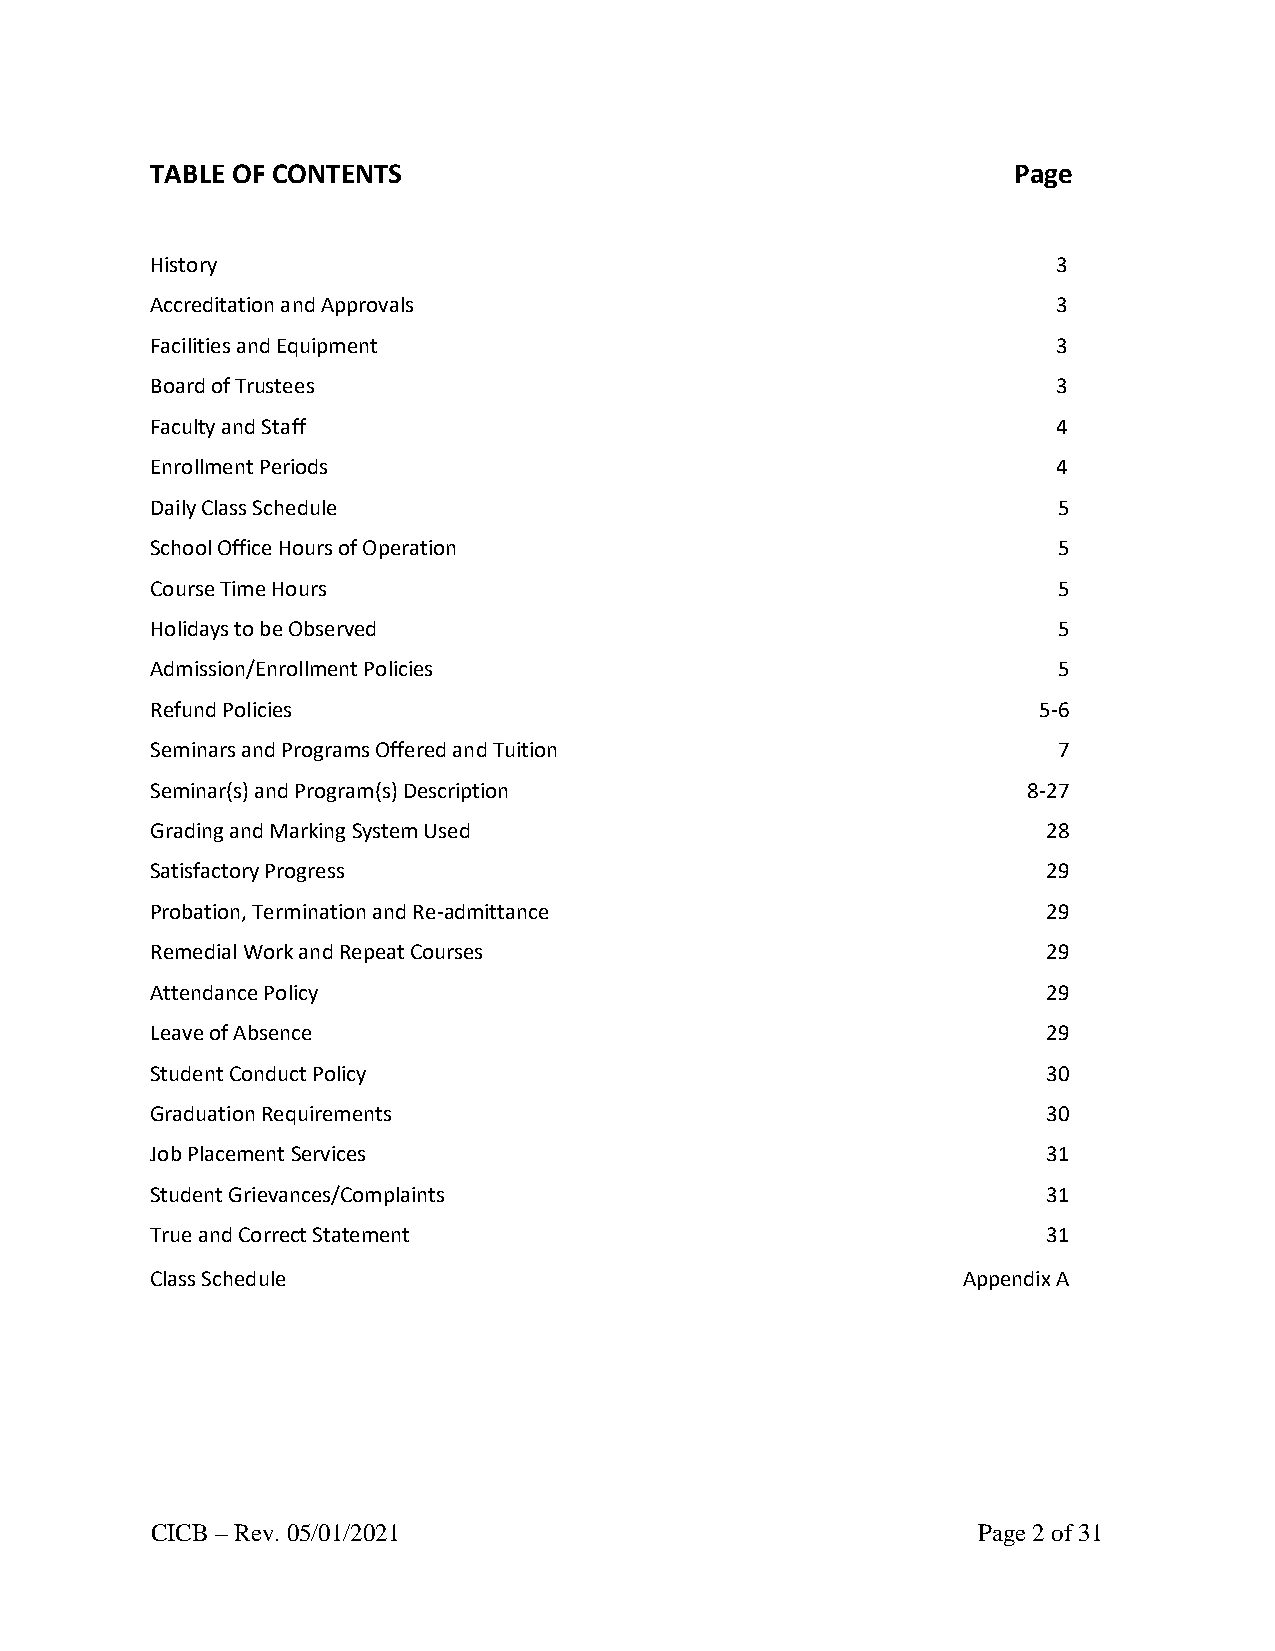
TABLE OF CONTENTS                                        Page
 History                                                     3
 Accreditation and Approvals                                 3
 Facilities and Equipment                                    3
 Board of Trustees                                           3
 Faculty and Staff                                           4
 Enrollment Periods                                          4
 Daily Class Schedule                                        5
 School Office Hours of Operation                            5
 Course Time Hours                                           5
 Holidays to be Observed                                     5
 Admission/Enrollment Policies                               5
 Refund Policies                                            5-6
 Seminars and Programs Offered and Tuition                   7
 Seminar(s) and Program(s) Description                     8-27
 Grading and Marking System Used                            28
 Satisfactory Progress                                      29
 Probation, Termination and Re-admittance                   29
 Remedial Work and Repeat Courses                           29
 Attendance Policy                                          29
 Leave of Absence                                           29
 Student Conduct Policy                                     30
 Graduation Requirements                                    30
 Job Placement Services                                     31
 Student Grievances/Complaints                              31
 True and Correct Statement                                 31
 Class Schedule                                        Appendix A
 CICB – Rev. 05/01/2021                                 Page 2 of 31